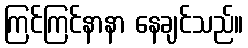
ကြင်ကြင်နာနာ နေချင်သည်။